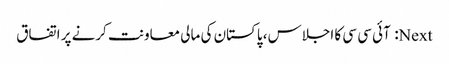
Next: آئی سی سی کا اجلاس، پاکستان کی مالی معاونت کرنے پر اتفاق